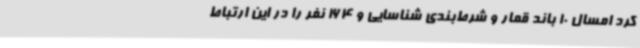
کرد امسال 10 باند قمار و شرط‌بندی شناسایی و 164 نفر را در این ارتباط